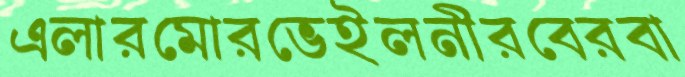
এলারমোরভেইলনীরবেরবা